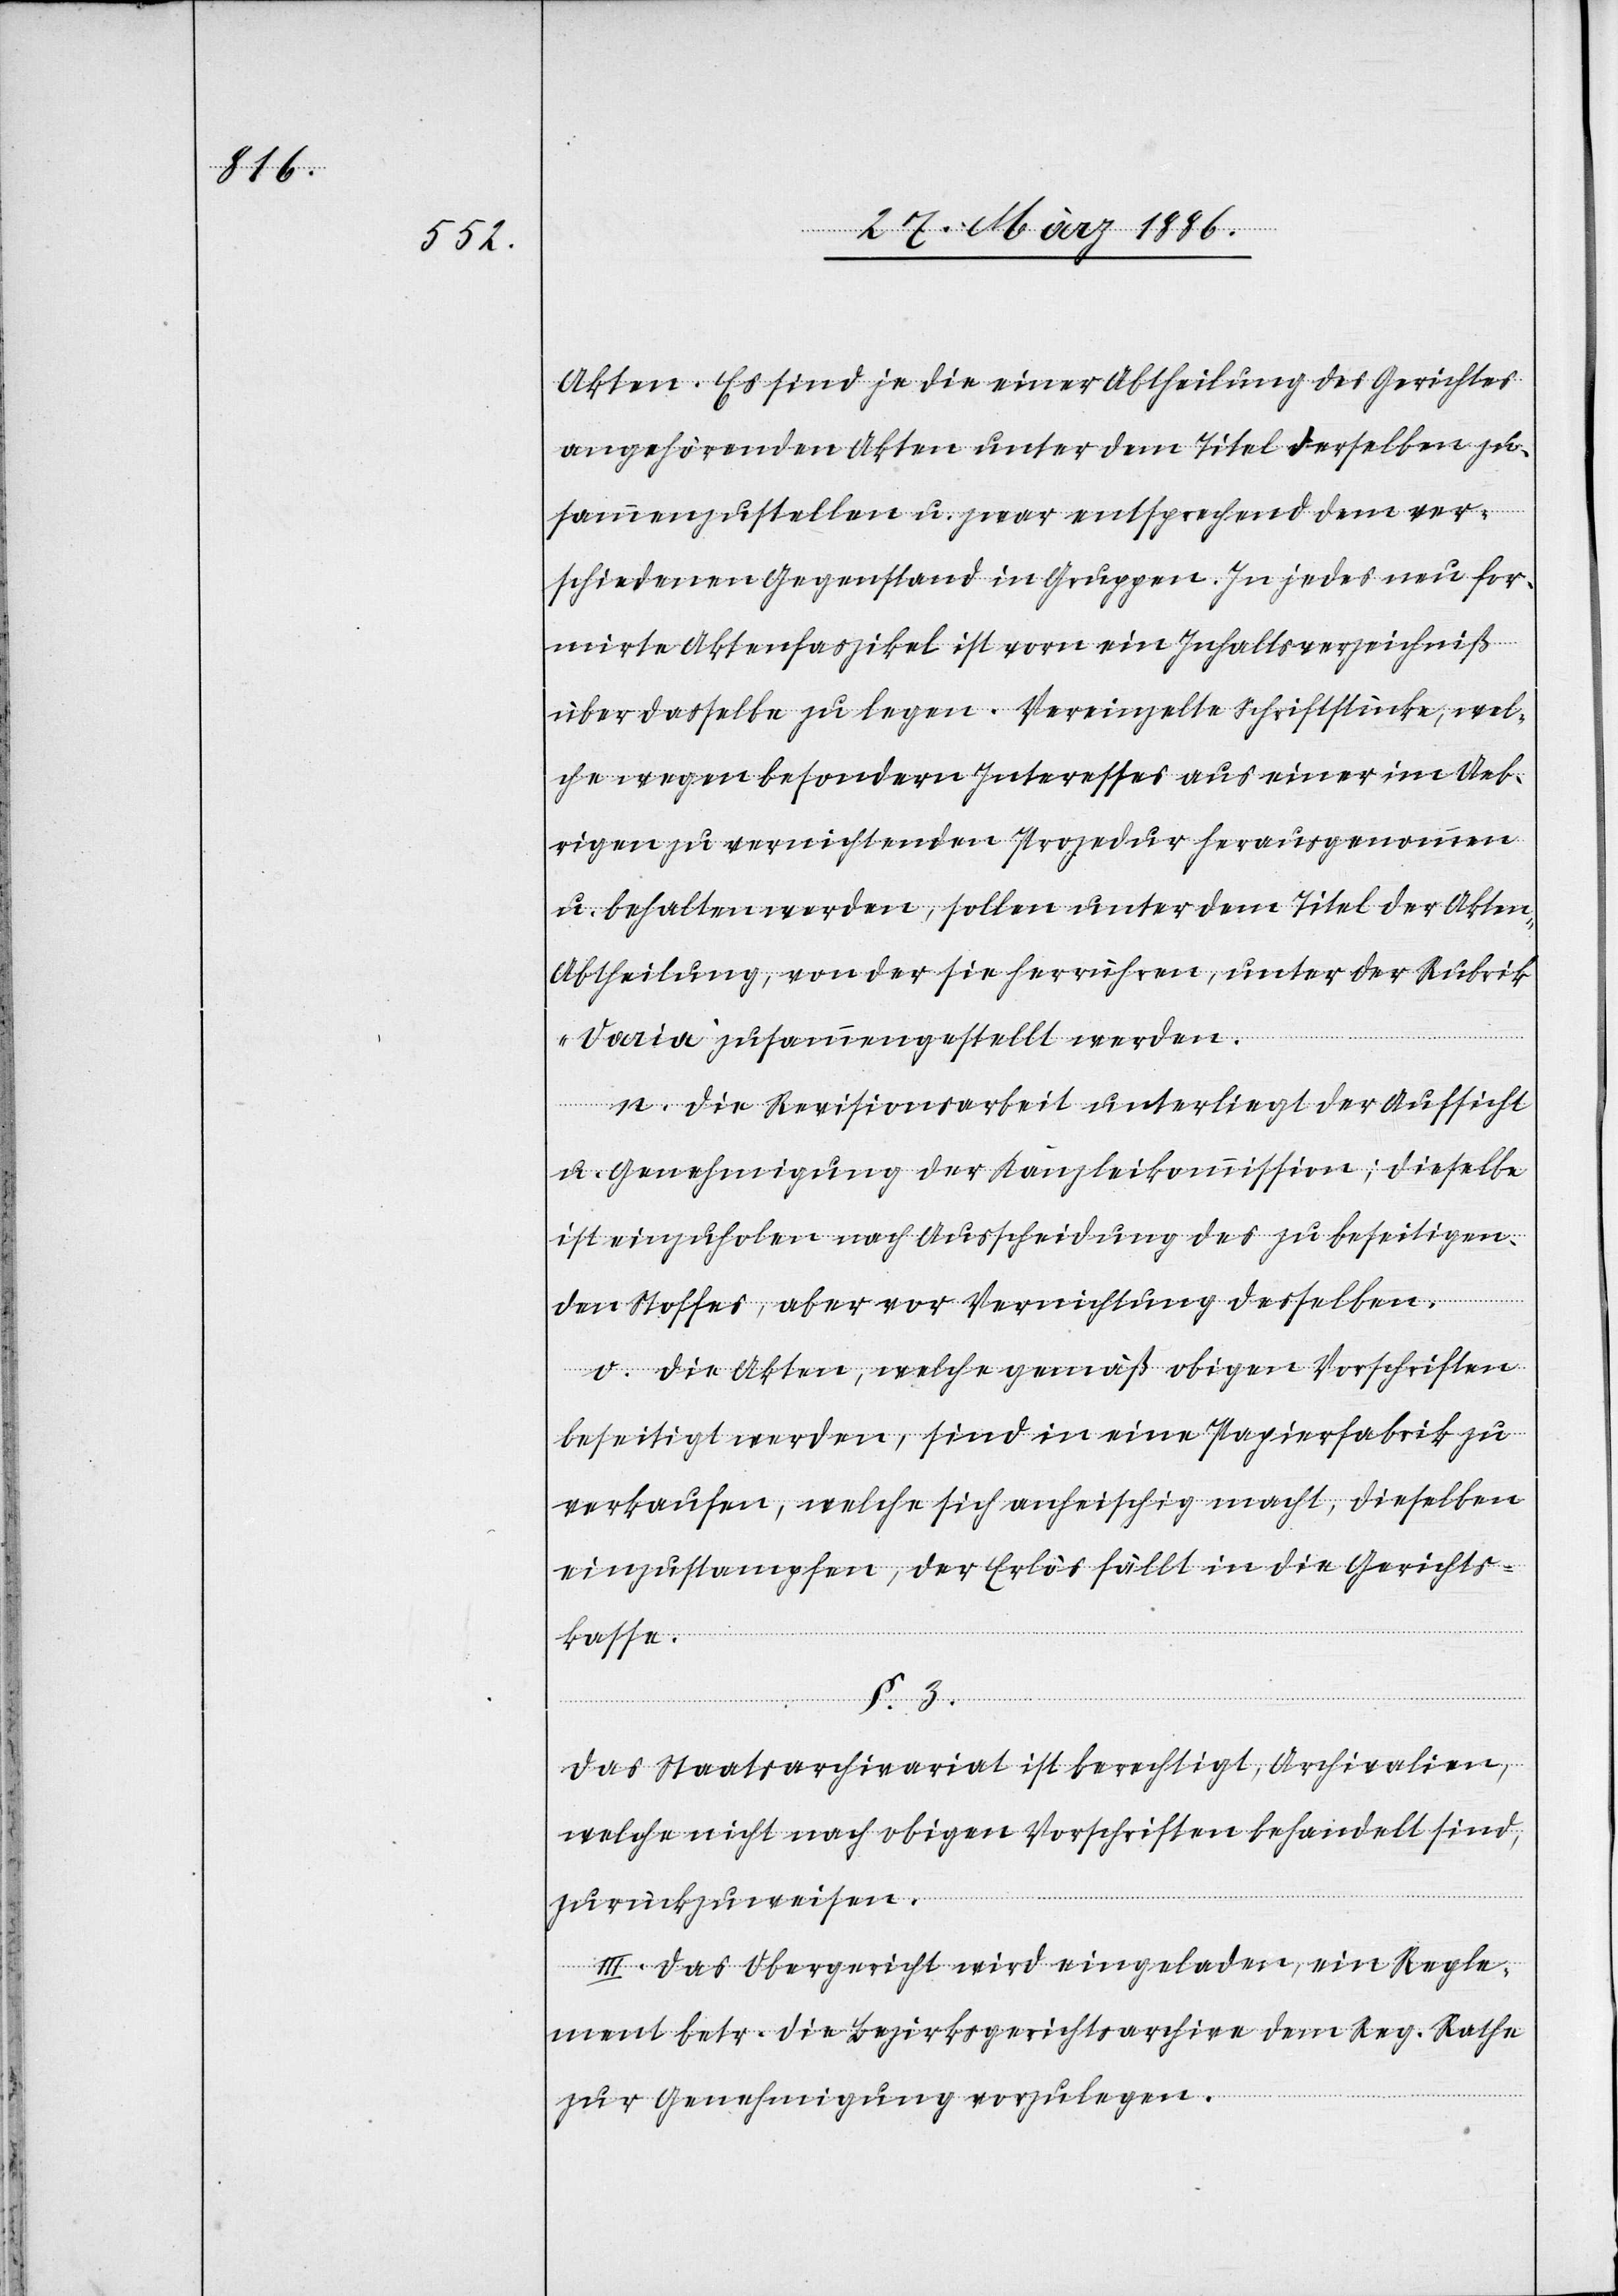
Akten. Es sind je die einer Abtheilung des Gerichtes
angehörenden Akten unter dem Titel derselben zu¬
sammenzustellen u. zwar entsprechend dem ver¬
schiedenen Gegenstand in Gruppen. In jedes neu for¬
mirte Aktenfaszikel ist vorne ein Inhaltsverzeichniß
über dasselbe zu legen. Vereinzelte Schriftstücke, wel¬
che wegen besondern Interesses aus einer im Ueb¬
rigen zu vernichtenden Prozedur herausgenommen
u. behalten werden, sollen unter dem Titel der Akten-A¬
btheilung, von der sie herrühren, unter der Rubrik
„Varia“ zusammengestellt werden.
n). Die Revisionsarbeit unterliegt der Aufsicht
u. Genehmigung der Kanzleikommission; dieselbe
ist einzuholen nach Ausscheidung des zu beseitigen¬
den Stoffes, aber vor Vernichtung desselben.
o). Die Akten, welche gemäß obigen Vorschriften
beseitig werden, sind in eine Papierfabrik zu
verkaufen, welche sich anheischig macht, dieselben
einzustampfen, der Erlös fällt in die Gerichts¬
kasse.
§. 3.
Das Staatsarchivariat ist berechtigt, Archivalien,
welche nicht nach obigen Vorschriften behandelt sind,
zurückzuweisen.
III. Das Obergericht wird eingeladen, ein Regle¬
ment betr. die Bezirksgerichtsarchive dem Reg. Rathe
zur Genehmigung vorzulegen.